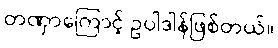
တဏှာကြောင့် ဥပါဒါန်ဖြစ်တယ်။